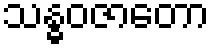
သန္ဓဝဇာတော